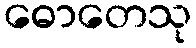
ဓောတေသု